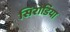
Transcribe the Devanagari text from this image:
सिरोडिया